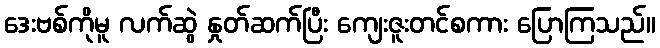
ဒေးဗစ်ကိုမူ လက်ဆွဲ နှုတ်ဆက်ပြီး ကျေးဇူးတင်စကား ပြောကြသည်။